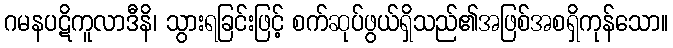
ဂမနပဋိကူလာဒီနိ၊ သွားရခြင်းဖြင့် စက်ဆုပ်ဖွယ်ရှိသည်၏အဖြစ်အစရှိကုန်သော။